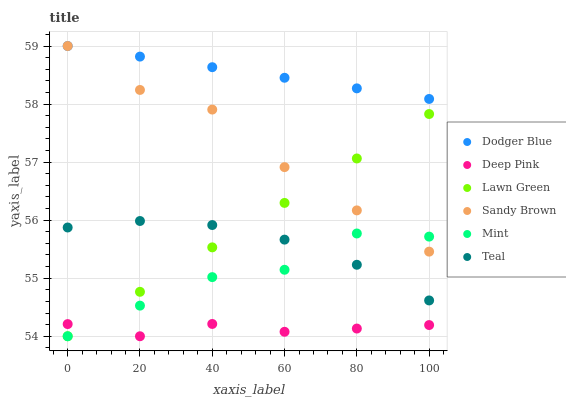
| xaxis_label | Dodger Blue | Deep Pink | Lawn Green | Sandy Brown | Mint | Teal |
 | --- | --- | --- | --- | --- | --- | --- |
 | 0 | 59 | 54.2 | 54 | 59 | 54 | 55.9 |
 | 20 | 58.8 | 54 | 54.8 | 58.2 | 54.5 | 56 |
 | 40 | 58.6 | 54.2 | 55.5 | 57.9 | 55 | 55.9 |
 | 60 | 58.5 | 54.1 | 56.3 | 56.9 | 55.1 | 55.7 |
 | 80 | 58.3 | 54.1 | 57.1 | 56.2 | 55.8 | 55.2 |
 | 100 | 58.1 | 54.2 | 57.8 | 55.5 | 55.7 | 54.6 |